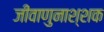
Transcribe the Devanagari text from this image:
जीवाणुनाश्शक